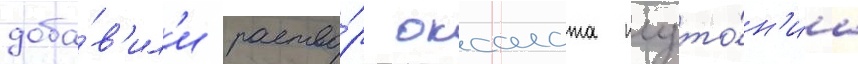
доба́в'ил'и раство́р оксалата плуто́н'иа